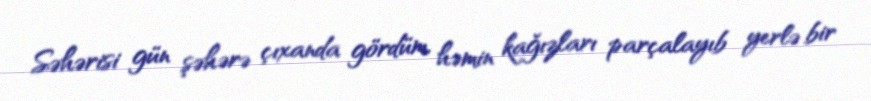
Səhərisi gün şəhərə çıxanda gördüm, həmin kağızları parçalayıb yerlə bir